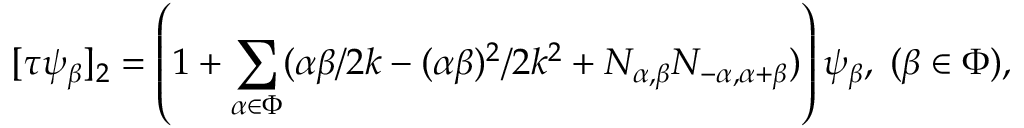
[ \tau \psi _ { \beta } ] _ { 2 } = \left( 1 + \sum _ { \alpha \in \Phi } ( \alpha \beta / 2 k - ( \alpha \beta ) ^ { 2 } / 2 k ^ { 2 } + N _ { \alpha , \beta } N _ { - \alpha , \alpha + \beta } ) \right) \psi _ { \beta } , \; ( \beta \in \Phi ) ,